Lunatic asylums in Bengal annual reports 1888-1898 - 1888-1898
Year: 1888
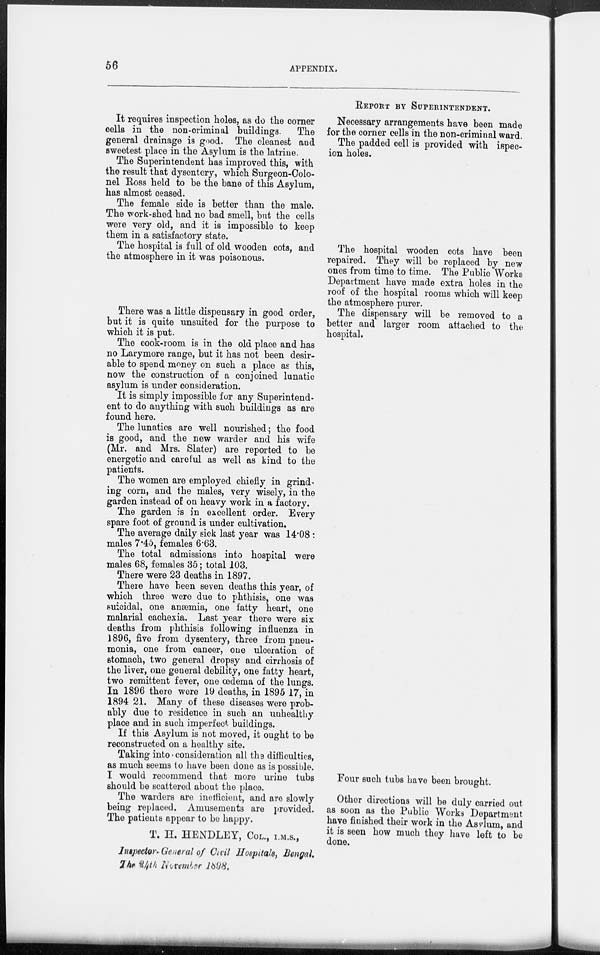
56
APPENDIX.
It requires inspection holes, as do the corner
cells in the non-criminal buildings.
The
general drainage is good. The cleanest and
sweetest place in the Asylum is the latrine.
The Superintendent has improved this, with
the result that dysentery, which Surgeon-Colo-
nel Ross held to be the bane of this Asylum,
has almost ceased.
The female side is better than the male.
The work-shed had no bad smell, but the cells
were very old, and it is impossible to keep
them in a satisfactory state.
The hospital is full of old wooden cots, and
the atmosphere in it was poisonous.
There was a little dispensary in good order,
but it is quite unsuited for the purpose to
which it is put.
The cook-room is in the old place and has
no Larymore range, but it has not been desir-
able to spend money on such a place as this,
now the construction of a conjoined lunatic
asylum is under consideration.
It is simply impossible for any Superintend-
ent to do anything with such buildings as are
found here.
The lunatics are well nourished; the food
is good, and the new warder and his wife
(Mr. and Mrs. Slater) are reported to be
energetic and careful as well as kind to the
patients.
The women are employed chiefly in grind-
ing corn, and the males, very wisely, in the
garden instead of on heavy work in a factory.
The garden is in excellent order. Every
spare foot of ground is under cultivation.
The average daily sick last year was 14.08:
males 7.45, females 6.63.
The total admissions into hospital were
males 68, females 35; total 103.
There were 23 deaths in 1897.
There have been seven deaths this year, of
which three were due to phthisis, one was
suicidal, one anæmia, one fatty heart, one
malarial cachexia. Last year there were six
deaths from phthisis following influenza in
1896, five from dysentery, three from pneu-
monia, one from cancer, one ulceration of
stomach, two general dropsy and cirrhosis of
the liver, one general debility, one fatty heart,
two remittent fever, one œdema of the lungs.
In 1896 there were 19 deaths, in 1895 17, in
1894 21. Many of these diseases were prob-
ably due to residence in such an unhealthy
place and in such imperfect buildings.
If this Asylum is not moved, it ought to be
reconstructed on a healthy site.
Taking into consideration all the difficulties,
as much seems to have been done as is possible.
I would recommend that more urine tubs
should be scattered about the place.
The warders are inefficient, and are slowly
being replaced. Amusements are provided.
The patients appear to be happy.
T. H. HENDLEY, COL., I.M.S.,
Inspector-General of Civil Hospitals, Bengal.
The 24th
November 1898.
REPORT BY SUPERINTENDENT.
Necessary arrangements have been made
for the corner cells in the non-criminal ward.
The padded cell is provided with ispec-
tion holes.
The hospital wooden cots have been
repaired. They will be replaced by new
ones from time to time. The Public Works
Department have made extra holes in the
roof of the hospital rooms which will keep
the atmosphere purer.
The dispensary will be removed to a
better and larger room attached to the
hospital.
Four such tubs have been brought.
Other directions will be duly carried out
as soon as the Public Works Department
have finished their work in the Asylum, and
it is seen how much they have left to be
done.